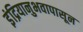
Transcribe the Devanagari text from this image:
इंद्रियानुभवापासून